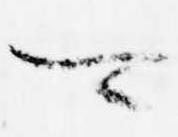
可